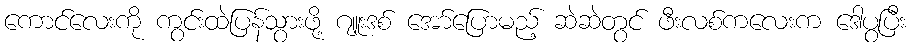
ကောင်လေးကို ကွင်းထဲပြန်သွားဖို့ ဂျူးဒစ် အော်ပြောမည့် ဆဲဆဲတွင် ဖီးလစ်ကလေးက ဒေါပွပြီး